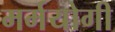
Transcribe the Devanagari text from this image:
मर्मयोगी